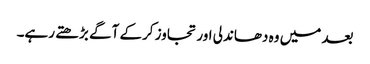
بعد میں وہ دھاندلی اور تجاوز کرکے آگے بڑھتے رہے۔